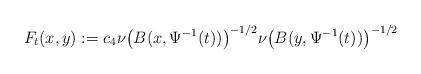
LaTeX: \begin{align*}F_{t}(x,y):=c_{4}\nu\bigl(B(x,\Psi^{-1}(t))\bigr)^{-1/2}\nu\bigl(B(y,\Psi^{-1}(t))\bigr)^{-1/2}\end{align*}